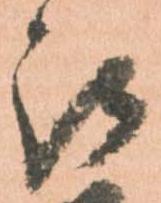
被